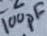
Text: 100pF